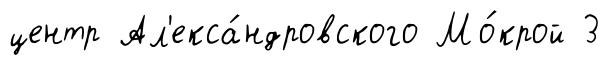
центр Ал'екса́ндровского Мо́крой 3